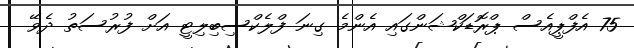
75 އެފްޕީއެސް ޕްރޮޑަކްޝަންގައި އެންމެ ގިނަ ފްލެކްސިބިލިޓީ އަށް ފުރުސަތު ދެވޭ